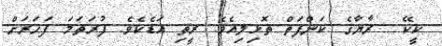
ކީކޭ  ރާޔާގެ ކަންފަތް ތޮޅިލިއެވެ. ރީތި އަޑެކެވެ. ފުރަތަމަ ފަހަރަށް